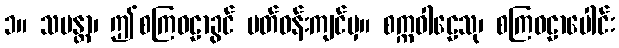
၁။ သမန္တာ၊ ဤစကြဝဠာခွင် ပတ်ဝန်းကျင်မှ။ စက္ကဝါဠေသု၊ စကြဝဠာပေါင်း